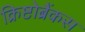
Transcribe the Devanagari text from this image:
क्रिष्टोब्रैंकस